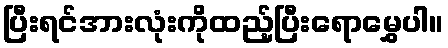
ပြီးရင်အားလုံးကိုထည့်ပြီးရောမွှေပါ။